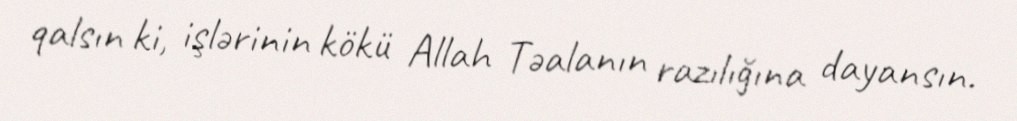
qalsın ki, işlərinin kökü Allah Təalanın razılığına dayansın.